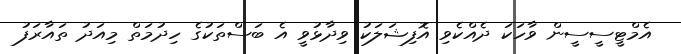
އެމްޓީސީސީން ވާހަކަ ދެއްކެވި އޮފިޝަލަކު ވިދާޅުވީ އެ ބަސްތަކުގެ ހިދުމަތް މިއަދު ތައާރަފު